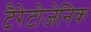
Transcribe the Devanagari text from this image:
टैरेटोजेनिक